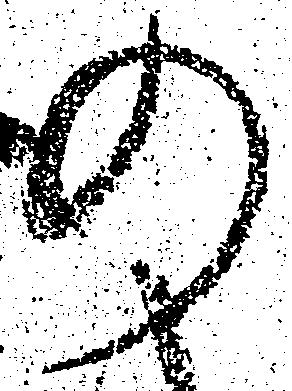
の